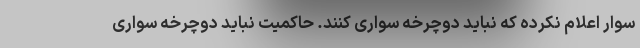
سوار اعلام نکرده که نباید دوچرخه سواری کنند. حاکمیت نباید دوچرخه سواری